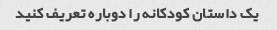
یک داستان کودکانه را دوباره تعریف کنید